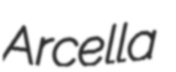
Arcella